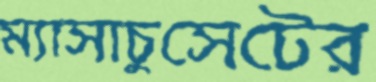
ম্যাসাচুসেটের